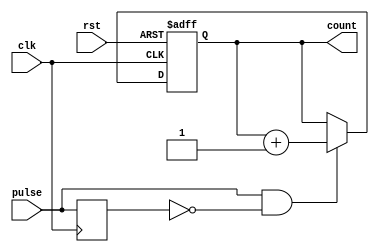
module pulse_counter (
    input wire clk,          // Clock signal
    input wire rst,          // Asynchronous reset signal
    input wire pulse,        // Pulse input signal
    output reg [7:0] count   // 8-bit count output (can be adjusted as needed)
);

// Internal signal for edge detection
reg pulse_d; // Delayed version of the pulse signal

// Edge detection: Detect rising edge of pulse
wire pulse_edge = pulse & ~pulse_d;

always @(posedge clk or posedge rst) begin
    if (rst) begin
        count <= 8'b0; // Reset count to zero
    end else begin
        // Increment count on rising edge of pulse
        if (pulse_edge) begin
            count <= count + 1'b1;
        end
    end
end

// Capture the current pulse signal for edge detection
always @(posedge clk) begin
    pulse_d <= pulse; // Store the current pulse state
end

endmodule